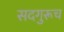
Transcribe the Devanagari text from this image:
सदगुरूच